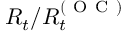
R _ { t } / R _ { t } ^ { ( \mathrm { ~ O ~ C ~ } ) }